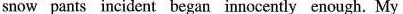
snow pants incident began innocently enough. My